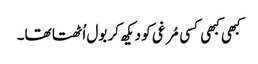
کبھی کبھی کسی مُرغی کو دیکھ کر بول اُٹھتا تھا۔